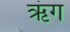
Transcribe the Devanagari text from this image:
ऋंग